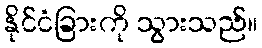
နိုင်ငံခြားကို သွားသည်။